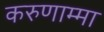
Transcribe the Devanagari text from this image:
करुणाम्मा